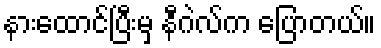
နားထောင်ပြီးမှ နီဂဲလ်က ပြောတယ်။